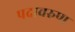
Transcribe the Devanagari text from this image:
पदावरुण